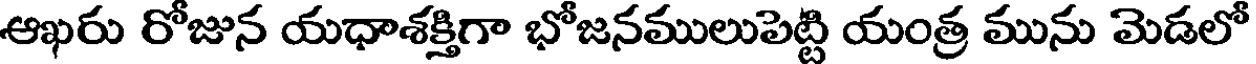
ఆఖరు రోజున యధాశక్తిగా భోజనములుపెట్టి యంత్ర మును మెడలో